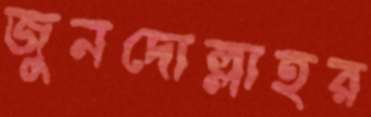
জুনদোল্লাহর